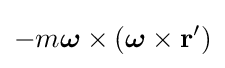
-m{\boldsymbol {\omega }}\times ({\boldsymbol {\omega }}\times \mathbf {r} ')